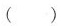
()